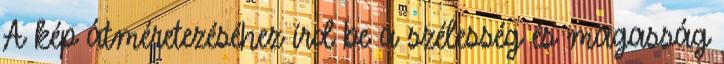
A kép átméretezéséhez írd be a szélesség és magasság